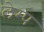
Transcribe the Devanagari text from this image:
लेम्प